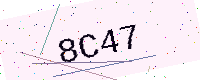
Text: 8C47